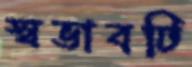
স্বভাবটি